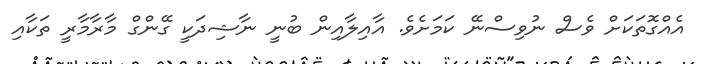
އެއްގޮތަކަށް ވެސް ނުވިސްނޭ ކަމަށެވެ. އާއިލާއިން ބުނީ ނާޝިދަކީ ގޭންގް މާރާމާރީ ތަކާއި